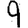
Digit: 9